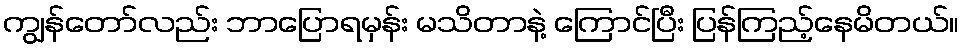
ကျွန်တော်လည်း ဘာပြောရမှန်း မသိတာနဲ့ ကြောင်ပြီး ပြန်ကြည့်နေမိတယ်။